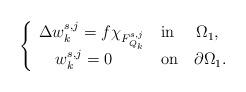
LaTeX: \begin{align*}\left\{\begin{array}{lr} \Delta w^{s,j}_{k}=f\chi_{{F}^{s,j}_{Q_k}}\ \ \ \mathrm{in}\ \ \ \ \Omega_1,\\ \ \ \ w^{s,j}_{k}=0\ \ \ \ \ \ \ \ \ \mathrm{on}\ \ \ \partial\Omega_1.\end{array}\right.\end{align*}